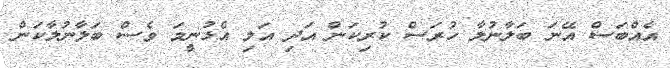
އެއްބަސް އޭނަ ބަަލާނުލާ ހުރަސް ކުރިކަން އަދި އަލި އެޅުނީމަ ވެސް ބަލާނުލާކަން